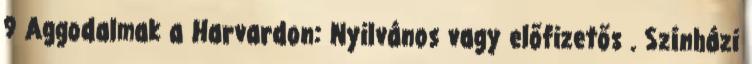
9 Aggodalmak a Harvardon: Nyilvános vagy előfizetős . Színházi